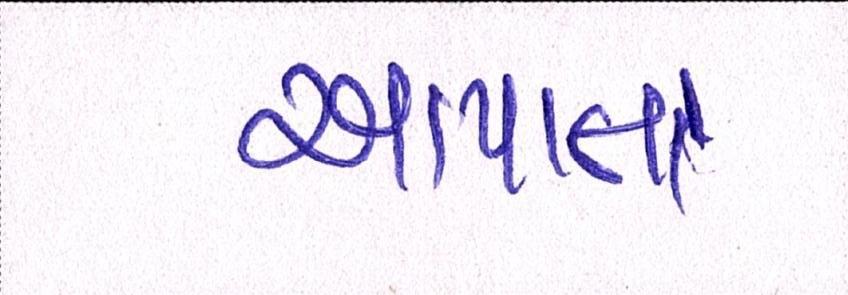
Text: અપાતા